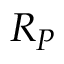
R _ { P }